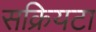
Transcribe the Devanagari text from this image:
सक्रियटा